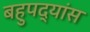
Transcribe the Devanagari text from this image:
बहुपद्यांस